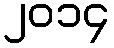
၂၀၁၄